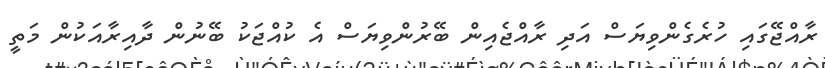
ރާއްޖޭގައި ހުރެގެންވިޔަސް އަދި ރާއްޖެއިން ބޭރުންވިޔަސް އެ ކުއްޖަކު ބޭނުން ދާއިރާއަކުން މަތީ